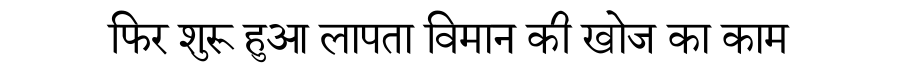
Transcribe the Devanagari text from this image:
फिर शुरू हुआ लापता विमान की खोज का काम